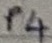
Text: P4